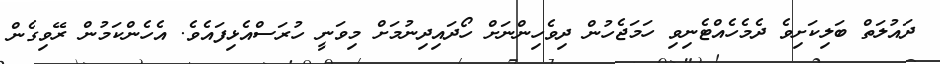
ދައުލަތް ބަލިކަށިވެ ދެމެހެއްޓެނިވި ހަމަޖެހުން ދިވެހިންނަށް ހޯދައިދިނުމަށް މިވަނީ ހުރަސްއެޅިފައެވެ. އެހެންކަމުން ރޭވިގެން